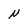
Character: N